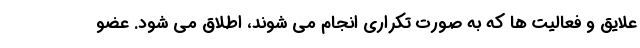
علایق و فعالیت ها که به صورت تکراری انجام می شوند، اطلاق می شود. عضو